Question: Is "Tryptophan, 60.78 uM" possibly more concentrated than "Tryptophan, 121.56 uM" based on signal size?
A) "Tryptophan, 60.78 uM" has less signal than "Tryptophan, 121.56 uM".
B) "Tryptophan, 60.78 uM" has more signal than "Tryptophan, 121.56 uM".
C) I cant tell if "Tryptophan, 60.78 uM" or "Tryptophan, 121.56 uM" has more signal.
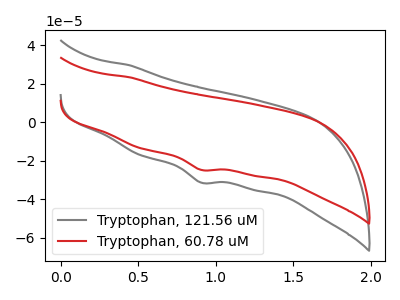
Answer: <think>The gray curve "Tryptophan, 121.56 uM" has a cathodic peak at: (0.90V, -31.40uA). The red curve "Tryptophan, 60.78 uM" has a cathodic peak at: (0.90V, -24.80uA).
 All the peaks in "Tryptophan, 60.78 uM" have a peak in "Tryptophan, 121.56 uM" at the same potential. Every peak in "Tryptophan, 60.78 uM" is lower than every peak in "Tryptophan, 121.56 uM".</think>
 <answer>A) "Tryptophan, 60.78 uM" has less signal than "Tryptophan, 121.56 uM".</answer>
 <eval>A</eval>